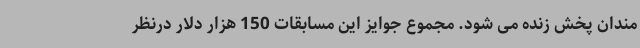
مندان پخش زنده می شود. مجموع جوایز این مسابقات 150 هزار دلار درنظر